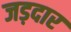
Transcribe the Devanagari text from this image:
जड़दार